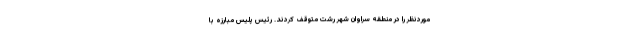
موردنظر را در منطقه سراوان شهر رشت متوقف کردند. رئیس پلیس مبارزه با